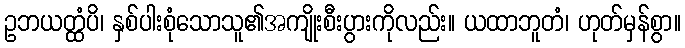
ဥဘယတ္ထံပိ၊ နှစ်ပါးစုံသောသူ၏အကျိုးစီးပွားကိုလည်း။ ယထာဘူတံ၊ ဟုတ်မှန်စွာ။